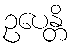
ဥပေန္တိ